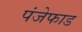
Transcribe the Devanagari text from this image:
पंजेफाड